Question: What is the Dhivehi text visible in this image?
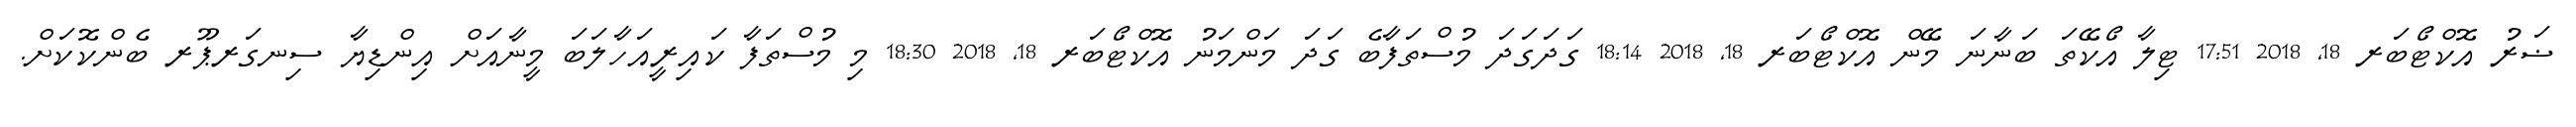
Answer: ޟަރު އޮކްޓޯބަރ 18, 2018 17:51 ޓިލާ އޯކޭތަ ބަނާނަ މޭން އޮކްޓޯބަރ 18, 2018 18:14 ގަދަގަދަ މުސްތަފާބެ ގަދަ މަންމަނު އޮކްޓޯބަރ 18, 2018 18:30 މި މުސްތަފާ ކައިރީއަހާލަބަ މީނާއަށް އިންޑިޔާ ސިނގަރޕޫރ ބެންކޮކަށް.